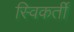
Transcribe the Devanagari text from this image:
स्विकर्ती